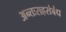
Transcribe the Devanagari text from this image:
अन्तःसहसंबंध